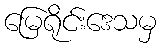
မြေရိုင်းဒေသမှ